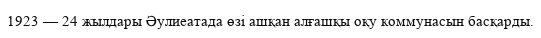
1923 — 24 жылдары Әулиеатада өзі ашқан алғашқы оқу коммунасын басқарды.